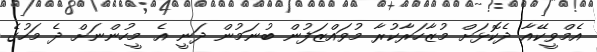
އެމްވީކޭއާ ދެކޮޅަށް މުޒާހަރާކުރާ މުވައްޒަފުން ބުނަމުން ދަނީ އެ މީހުންނަށް ދެ މަހުގެ